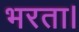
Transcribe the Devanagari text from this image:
भरता।